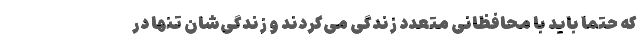
که حتما باید با محافظانی متعدد زندگی می‌کردند و زندگی‌شان تنها در